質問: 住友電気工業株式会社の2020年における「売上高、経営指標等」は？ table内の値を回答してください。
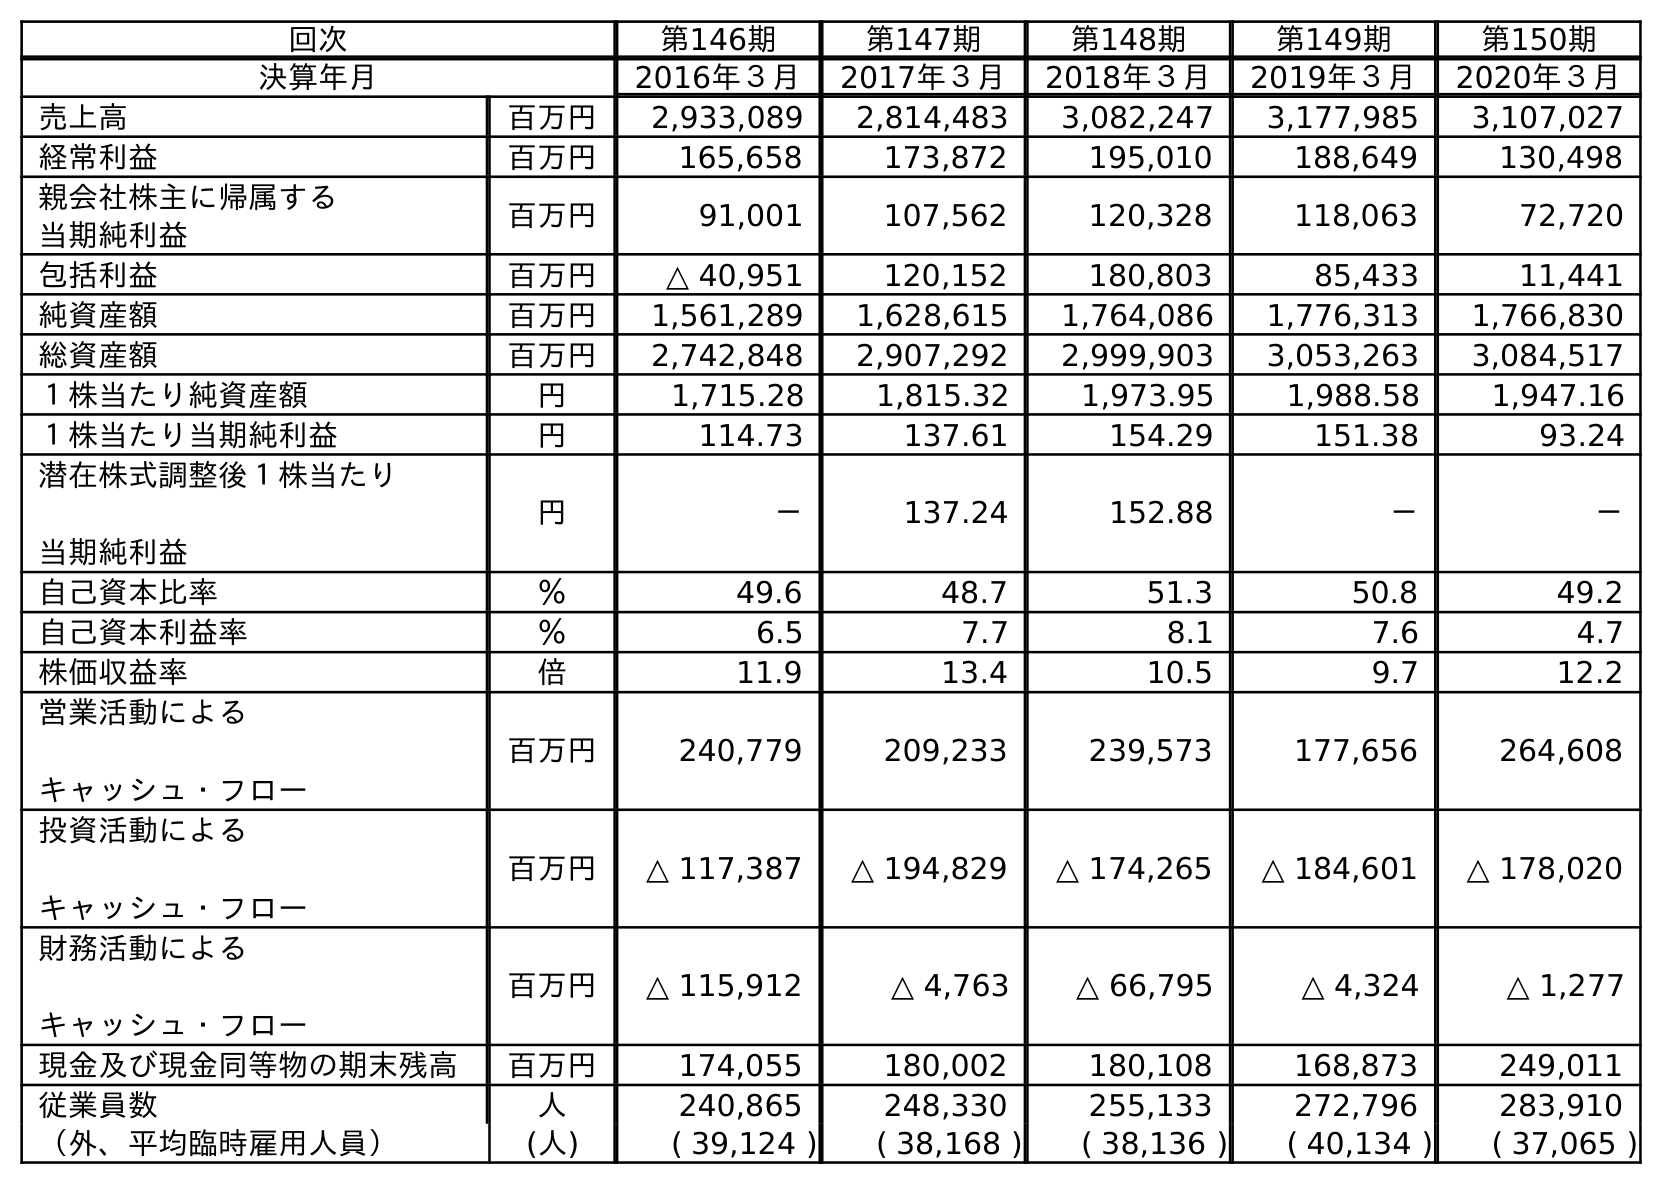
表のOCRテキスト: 回次 第146期 第147期 第148期 第149期 第150期 決算年月 2016年３月 2017年３月 2018年３月 2019年３月 2020年３月 売上高 百万円 2,933,089 2,814,483 3,082,247 3,177,985 3,107,027 経常利益 百万円 165,658 173,872 195,010 188,649 130,498 親会社株主に帰属する 当期純利益 百万円 91,001 107,562 120,328 118,063 72,720 包括利益 百万円 △ 40,951 120,152 180,803 85,433 11,441 純資産額 百万円 1,561,289 1,628,615 1,764,086 1,776,313 1,766,830 総資産額 百万円 2,742,848 2,907,292 2,999,903 3,053,263 3,084,517 １株当たり純資産額 円 1,715.28 1,815.32 1,973.95 1,988.58 1,947.16 １株当たり当期純利益 円 114.73 137.61 154.29 151.38 93.24 潜在株式調整後１株当たり 当期純利益 円 － 137.24 152.88 － － 自己資本比率 ％ 49.6 48.7 51.3 50.8 49.2 自己資本利益率 ％ 6.5 7.7 8.1 7.6 4.7 株価収益率 倍 11.9 13.4 10.5 9.7 12.2 営業活動による キャッシュ・フロー 百万円 240,779 209,233 239,573 177,656 264,608 投資活動による キャッシュ・フロー 百万円 △ 117,387 △ 194,829 △ 174,265 △ 184,601 △ 178,020 財務活動による キャッシュ・フロー 百万円 △ 115,912 △ 4,763 △ 66,795 △ 4,324 △ 1,277 現金及び現金同等物の期末残高 百万円 174,055 180,002 180,108 168,873 249,011 従業員数 人 240,865 248,330 255,133 272,796 283,910 （外、平均臨時雇用人員） (人) ( 39,124 ) ( 38,168 ) ( 38,136 ) ( 40,134 ) ( 37,065 )
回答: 3,107,027